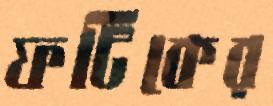
ফটিকের